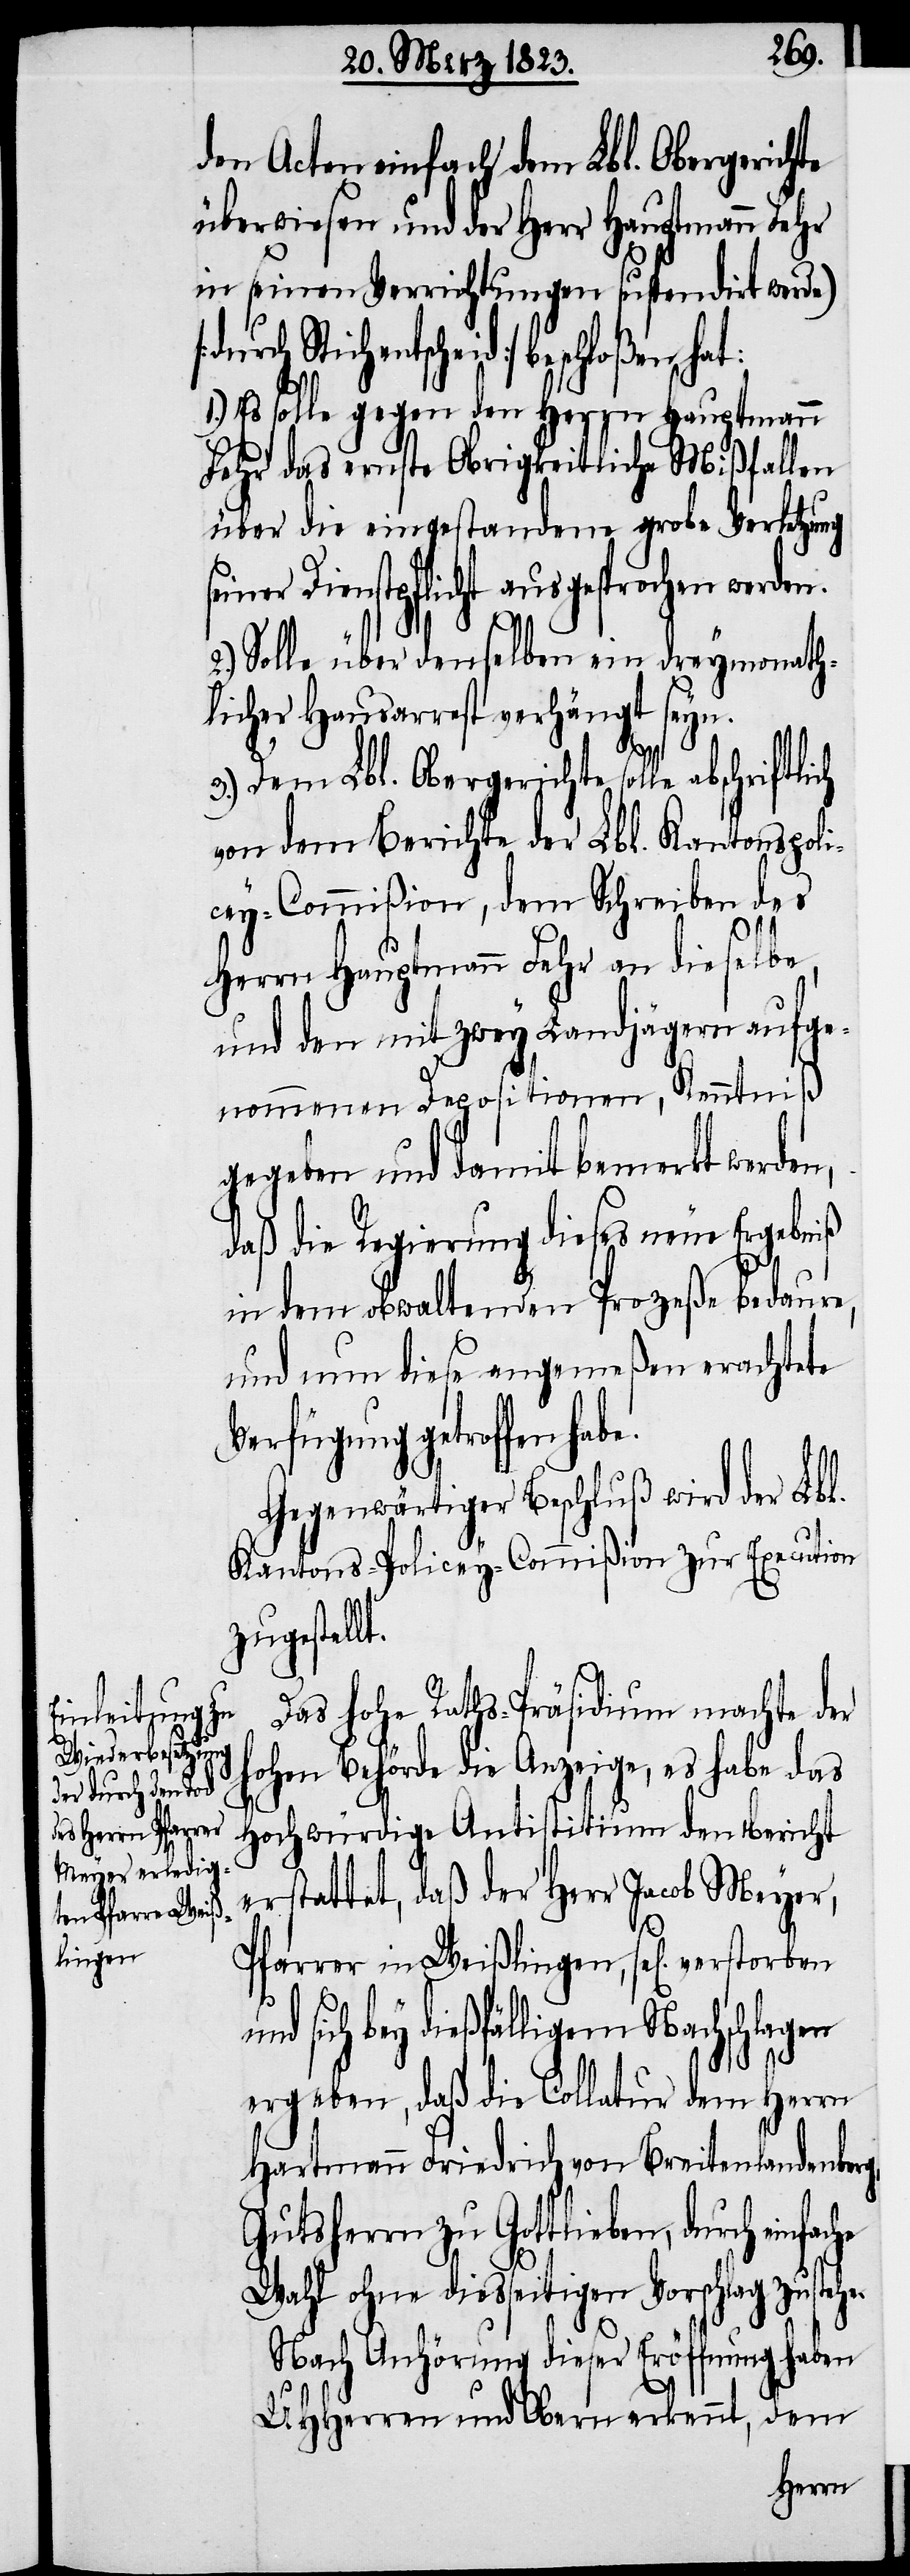
he.
den Acten einfach dem Lbl. Obergerichte
überwiesen und der Herr Hauptmann Fehr
in seinen Verrichtungen suspendirt werde)
Stichentscheid] beschloßen hat:
1.) Es solle gegen den Herrn Hauptmann
Fehr das ernste Obrigkeitliche Mißfallen
über die eingestandene grobe Verletzung
seiner Dienstpflicht ausgesprochen werden.
2.) Solle über denselben ein dreymonath¬
licher Hausarrest verhängt seyn.
3.) Dem Lbl. Obergerichte solle
von dem Berichte der Lbl. Kantonspoli¬
cey-Commißion, dem Schreiben des
Herrn Hauptmann Fehr an dieselbe,
und den mit zwey Landjägern aufge¬
nommenen Depositionen, Kenntniß
gegeben und damit bemerkt werden,
daß die Regierung dieses neue Ergebniß
in dem obwaltenden Prozeße bedaure,
und nun diese angemeßen erachtete
Verfügung getroffen
Gegenwärtiger Beschluß wird der Lbl.
Kantons-Policey-Commißion zur Execution
zugestell¬
Das hohe Raths-Präsidium machte der
hohen Behörde die Anzeige, es habe das
Hochwürdige Antistitium den bericht
erstattet, daß der Herr Jacob Meyer,
Pfarrer in Weißlingen, sel[ig] verstor¬
sich bey dießfälligem Nachschlagen
ergeben, daß die Collatur dem Herrn
Hartmann Friedrich von Breitenlandenberg,
Gutsherrn zu Gottlieben, durch
Wahl ohne diesseitigen Vorschlag zuste¬
Nach Anhörung dieser Eröffnung haben
UHHerren und Obern erkennt, dem